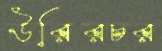
উরিরচর